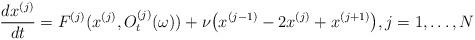
LaTeX: \begin{align*}\frac{dx^{(j)}}{dt}=F^{(j)}(x^{(j)},O_t^{(j)}(\omega ))+\nu \big(x^{(j-1)}-2x^{(j)}+x^{(j+1)}\big),j=1,\dots ,N\end{align*}